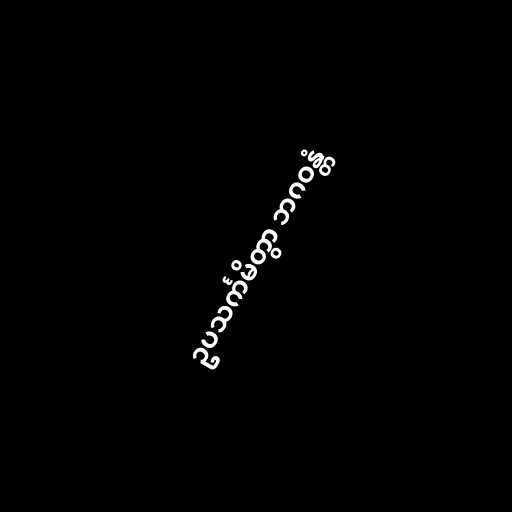
ဥပသင်္ကမိတွာ ဘဂဝန္တံ